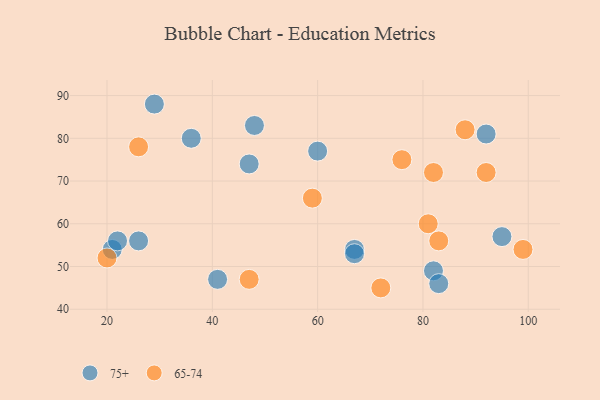
{"axis": {"x": "GDP", "y": "Life Expectancy"}, "legend": ["65-74", "75+"], "data": [{"x": "21", "y": 54, "type": "75+"}, {"x": "29", "y": 88, "type": "75+"}, {"x": "47", "y": 74, "type": "75+"}, {"x": "41", "y": 47, "type": "75+"}, {"x": "92", "y": 81, "type": "75+"}, {"x": "26", "y": 56, "type": "75+"}, {"x": "82", "y": 49, "type": "75+"}, {"x": "36", "y": 80, "type": "75+"}, {"x": "83", "y": 46, "type": "75+"}, {"x": "48", "y": 83, "type": "75+"}, {"x": "22", "y": 56, "type": "75+"}, {"x": "95", "y": 57, "type": "75+"}, {"x": "60", "y": 77, "type": "75+"}, {"x": "67", "y": 54, "type": "75+"}, {"x": "67", "y": 53, "type": "75+"}, {"x": "26", "y": 78, "type": "65-74"}, {"x": "72", "y": 45, "type": "65-74"}, {"x": "99", "y": 54, "type": "65-74"}, {"x": "59", "y": 66, "type": "65-74"}, {"x": "83", "y": 56, "type": "65-74"}, {"x": "47", "y": 47, "type": "65-74"}, {"x": "76", "y": 75, "type": "65-74"}, {"x": "20", "y": 52, "type": "65-74"}, {"x": "81", "y": 60, "type": "65-74"}, {"x": "88", "y": 82, "type": "65-74"}, {"x": "82", "y": 72, "type": "65-74"}, {"x": "92", "y": 72, "type": "65-74"}]}